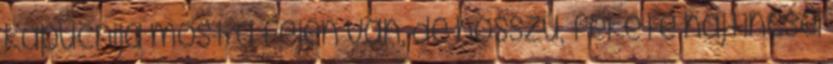
kapucnija most a fején van, de hosszú, fekete hajtincsei